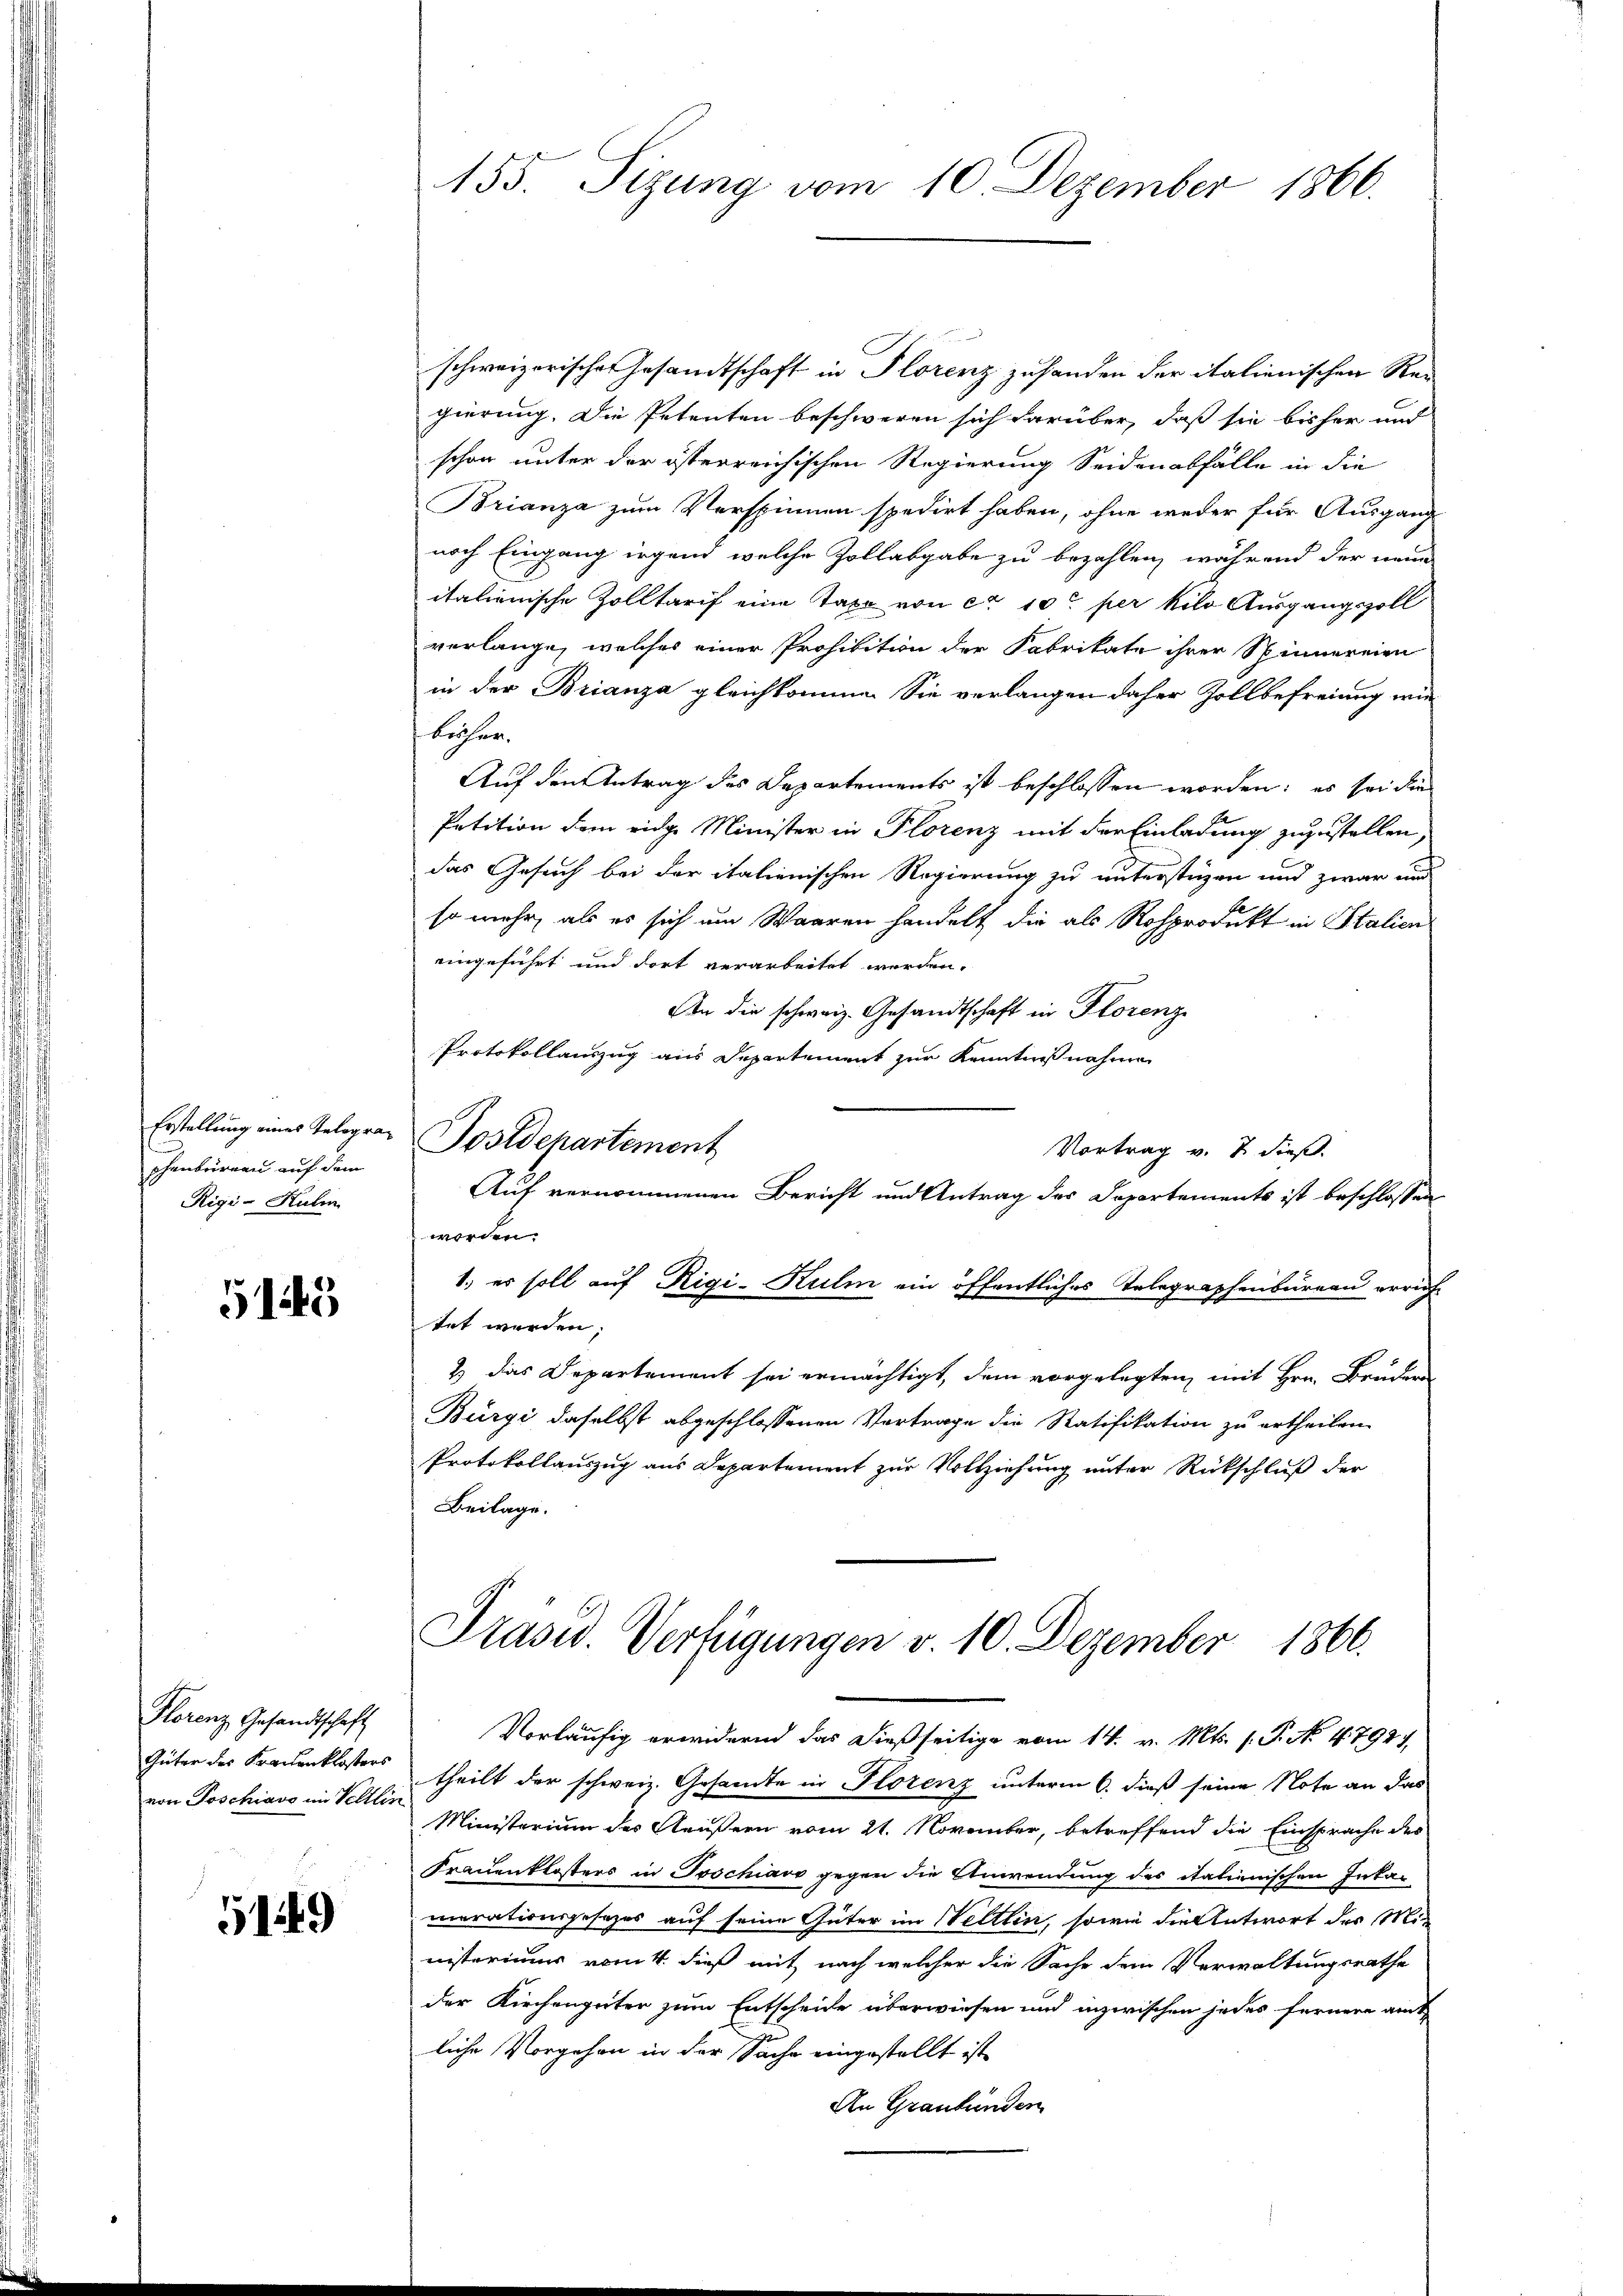
phenbrirnau auf dem
Rigi-Hulm

5145

Florenz Gesandtschaft
Güter der Krauenklosters
von Poschiavo im Veltlin

4

schweizerischen Gesandtschaft in Florenz zuhanden der italienischen Rei
gierung. Die Petenten beschweren sich darüber, daß sie bisher und
schon unter der österreichischen Regierung Seidenabfälle in die
Brianza zum Verspinnen spedirt haben, ohne weder für Ausgang
noch Eingang irgend welche Zollabgabe zu bezahlen, während der neue
italienische Zolltarif eine Taxe von ca 10t per kilo Ausgangszoll
verlange, welches einer Prohibition der Fabrikate ihrer Spinnereien
in der Brianza gleichkomme. Sie verlangen daher Zollbefreiung wie
becher.
Auf den Antrag des Departements ist beschlossen worden; es sei die
Petition dem eidge Minister in Florenz mit der Einladung zuzustellen;
das Gesuch bei der italienischen Regierung zu unterstüzen und zwar und
so mehr, als es sich um Waaren handelt die als Rosprodukt in Stalien
eingeführt und dort verarbeitet werden.
An die schweiz. Gesandtschaft in Florenz
Protokollauszug aus Departement zur Kenntnißnahme
Erstellung eines Telegra Postdepartement
Vortrag v. 7. dieß
Auf vernommenen Bericht und Antrag des Departements ist beschlossen
worden.
1.) es soll auf Rigi-Kulm ein öffentliches Telegraphenbureau errich-
tet werden;
2) das Departement sei ermächtigt, dem vorgelegten, mit Hrn. Brudern
Bürgi daselbst abgeschlossenen Vertrage die Ratifikation zu ertheilen.
Protokollauszug aus Departement zur Vollziehung unter Rückschluß der
Beilage.

155. Sizung vom 10. Dezember 1866.

Präsid. Verfügungen v. 10. Dezember 1866.

Vorläufig erwidernd das dießseitige vom 14. v. Mts. 1. P. No 4792),
theilt der schweiz. Gesandte in Florenz unterm 6. dieß seine Note an das
Ministerium des Aeußern vom 21. November, betreffend die Einsprache des
Frauenklosters in Tschiavo gegen die Anwendung des italienischen Inkamerationsgesezes auf seine Güter im Weltlin, sowie die Antwort der Ministeriums vom 4. dieß mit nach welcher die Sache dem Verwaltungsrathe
der Kirchengüter zum Entscheide überwiesen und inzwischen jedes fernere amt-
liche Vorgehen in der Sache eingestellt ist
An Graubünden